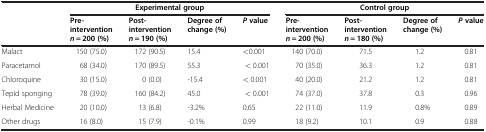
|  | <COLSPAN=4> Experimental group | <COLSPAN=4> Control group |
 |  | Pre- interventionn = 200 (%) | Post- interventionn = 190 (%) | Degree of change (%) | Pvalue | Pre- interventionn = 200 (%) | Post- interventionn = 180 (%) | Degree of change (%) | Pvalue |
 | --- | --- | --- | --- | --- | --- | --- | --- | --- |
 | Malact | 150 (75.0) | 172 (90.5) | 15.4 | <0.001 | 140 (70.0) | 71.5 | 1.2 | 0.81 |
 | Paracetamol | 68 (34.0) | 170 (89.5) | 55.3 | < 0.001 | 70 (35.0) | 36.3 | 1.2 | 0.81 |
 | Chloroquine | 30 (15.0) | 0 (0.0) | -15.4 | < 0.001 | 40 (20.0) | 21.2 | 1.2 | 0.81 |
 | Tepid sponging | 78 (39.0) | 160 (84.2) | 45.0 | < 0.001 | 74 (37.0) | 37.8 | 0.3 | 0.96 |
 | Herbal Medicine | 20 (10.0) | 13 (6.8) | -3.2% | 0.65 | 22 (11.0) | 11.9 | 0.8% | 0.89 |
 | Other drugs | 16 (8.0) | 15 (7.9) | -0.1% | 0.99 | 18 (9.2) | 10.1 | 0.9 | 0.88 |